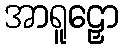
အာရူဠှော